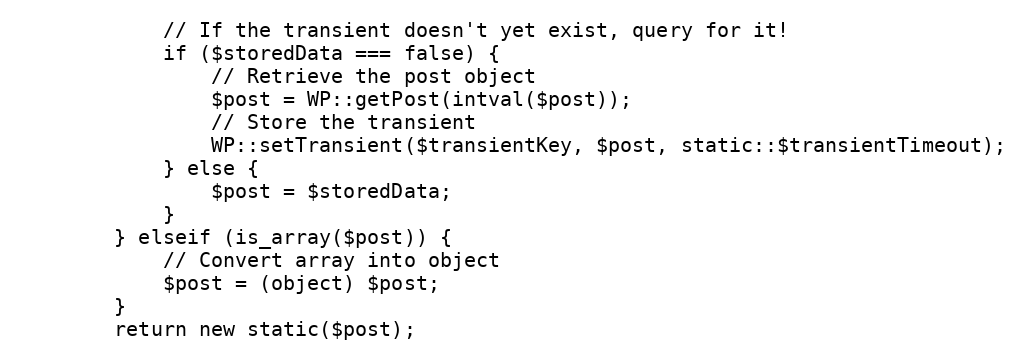
Language: PHP
            // If the transient doesn't yet exist, query for it!
            if ($storedData === false) {
                // Retrieve the post object
                $post = WP::getPost(intval($post));
                // Store the transient
                WP::setTransient($transientKey, $post, static::$transientTimeout);
            } else {
                $post = $storedData;
            }
        } elseif (is_array($post)) {
            // Convert array into object
            $post = (object) $post;
        }
        return new static($post);